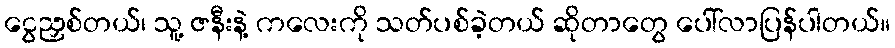
ငွေညှစ်တယ်၊ သူ့ ဇနီးနဲ့ ကလေးကို သတ်ပစ်ခဲ့တယ် ဆိုတာတွေ ပေါ်လာပြန်ပါတယ်။